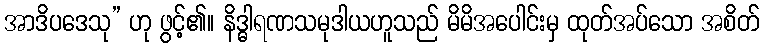
အာဒိပဒေသု” ဟု ဖွင့်၏။ နိဒ္ဓါရဏသမုဒါယဟူသည် မိမိအပေါင်းမှ ထုတ်အပ်သော အစိတ်